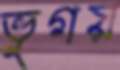
ভুগয়